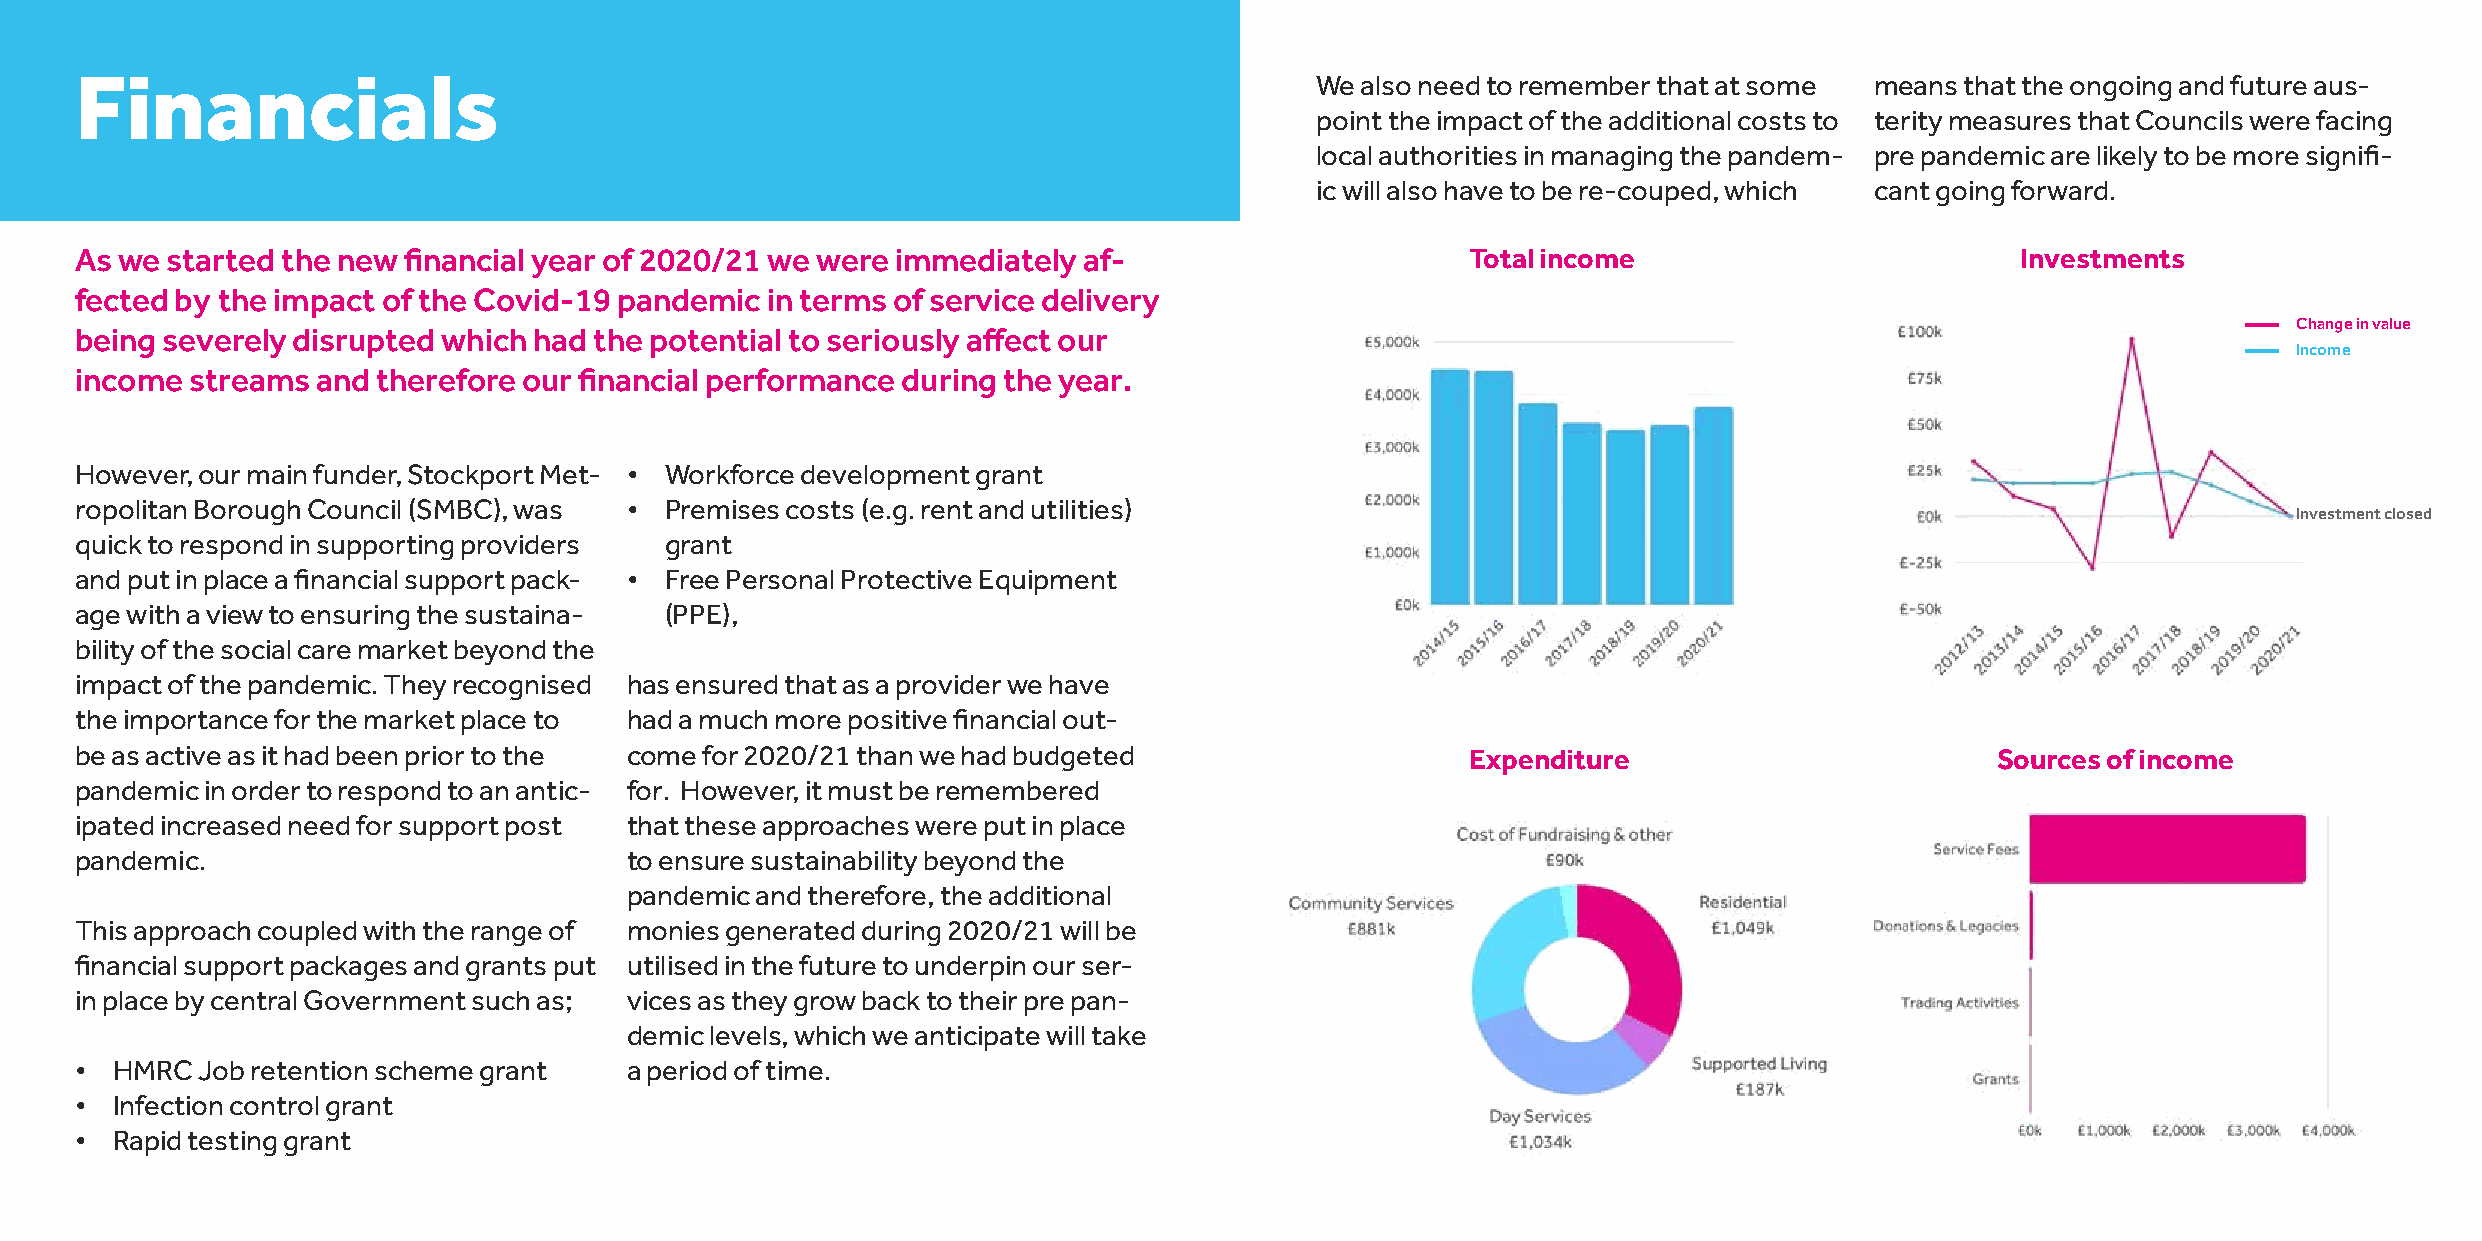
Financials                                                                        We also need to remember that at some means that the ongoing and future aus-
 point the impact of the additional costs to terity measures that Councils were facing
 local authorities in managing the pandem- pre pandemic are likely to be more signifi-
 ic will also have to be re-couped, which cant going forward.
 As we started the new financial year of 2020/21 we were immediately af-                     Total income                         Investments
 fected by the impact of the Covid-19 pandemic in terms of service delivery
 Change in value
 being severely disrupted which had the potential to seriously affect our
 Income
 income  streams and therefore our financial performance during the year.
 However, our main funder, Stockport Met- • Workforce development grant
 ropolitan Borough Council (SMBC), was • Premises costs (e.g. rent and utilities)
 Investment closed
 quick to respond in supporting providers grant
 and put in place a financial support pack- • Free Personal Protective Equipment
 age with a view to ensuring the sustaina- (PPE),
 bility of the social care market beyond the
 impact of the pandemic. They recognised has ensured that as a provider we have
 the importance for the market place to had a much more positive financial out-
 be as active as it had been prior to the come for 2020/21 than we had budgeted              Expenditure                        Sources of income
 pandemic in order to respond to an antic- for. However, it must be remembered
 ipated increased need for support post that these approaches were put in place
 pandemic.                           to ensure sustainability beyond the
 pandemic and therefore, the additional
 This approach coupled with the range of monies generated during 2020/21 will be
 financial support packages and grants put utilised in the future to underpin our ser-
 in place by central Government such as; vices as they grow back to their pre pan-
 demic levels, which we anticipate will take
 • HMRC  Job retention scheme grant  a period of time.
 • Infection control grant
 • Rapid testing grant